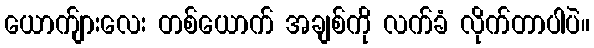
ယောက်ျားလေး တစ်ယောက် အချစ်ကို လက်ခံ လိုက်တာပါပဲ။